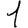
Digit: 1